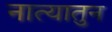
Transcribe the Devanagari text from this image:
नात्यातुन